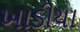
ખાડીયા